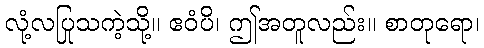
လုံ့လပြုသကဲ့သို့။ ဧဝံပိ၊ ဤအတူလည်း။ စာတုရော၊